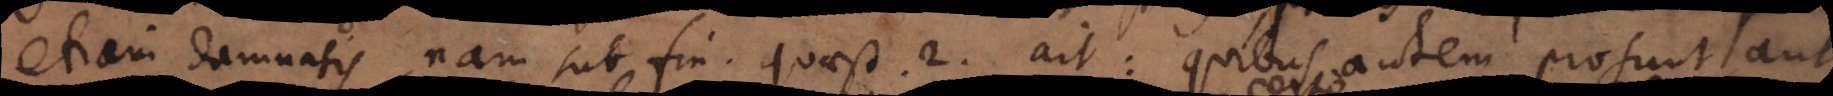
etiam damnatis, nam sub fin. quaest. 2. ait: quibus autem prosunt, aut